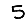
Digit: 5